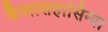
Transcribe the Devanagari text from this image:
कैलासहासिन्या